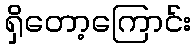
ရှိတော့ကြောင်း